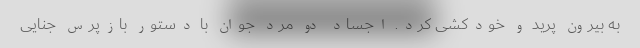
به بیرون پرید و خودکشی کرد. اجساد دو مرد جوان با دستور بازپرس جنایی